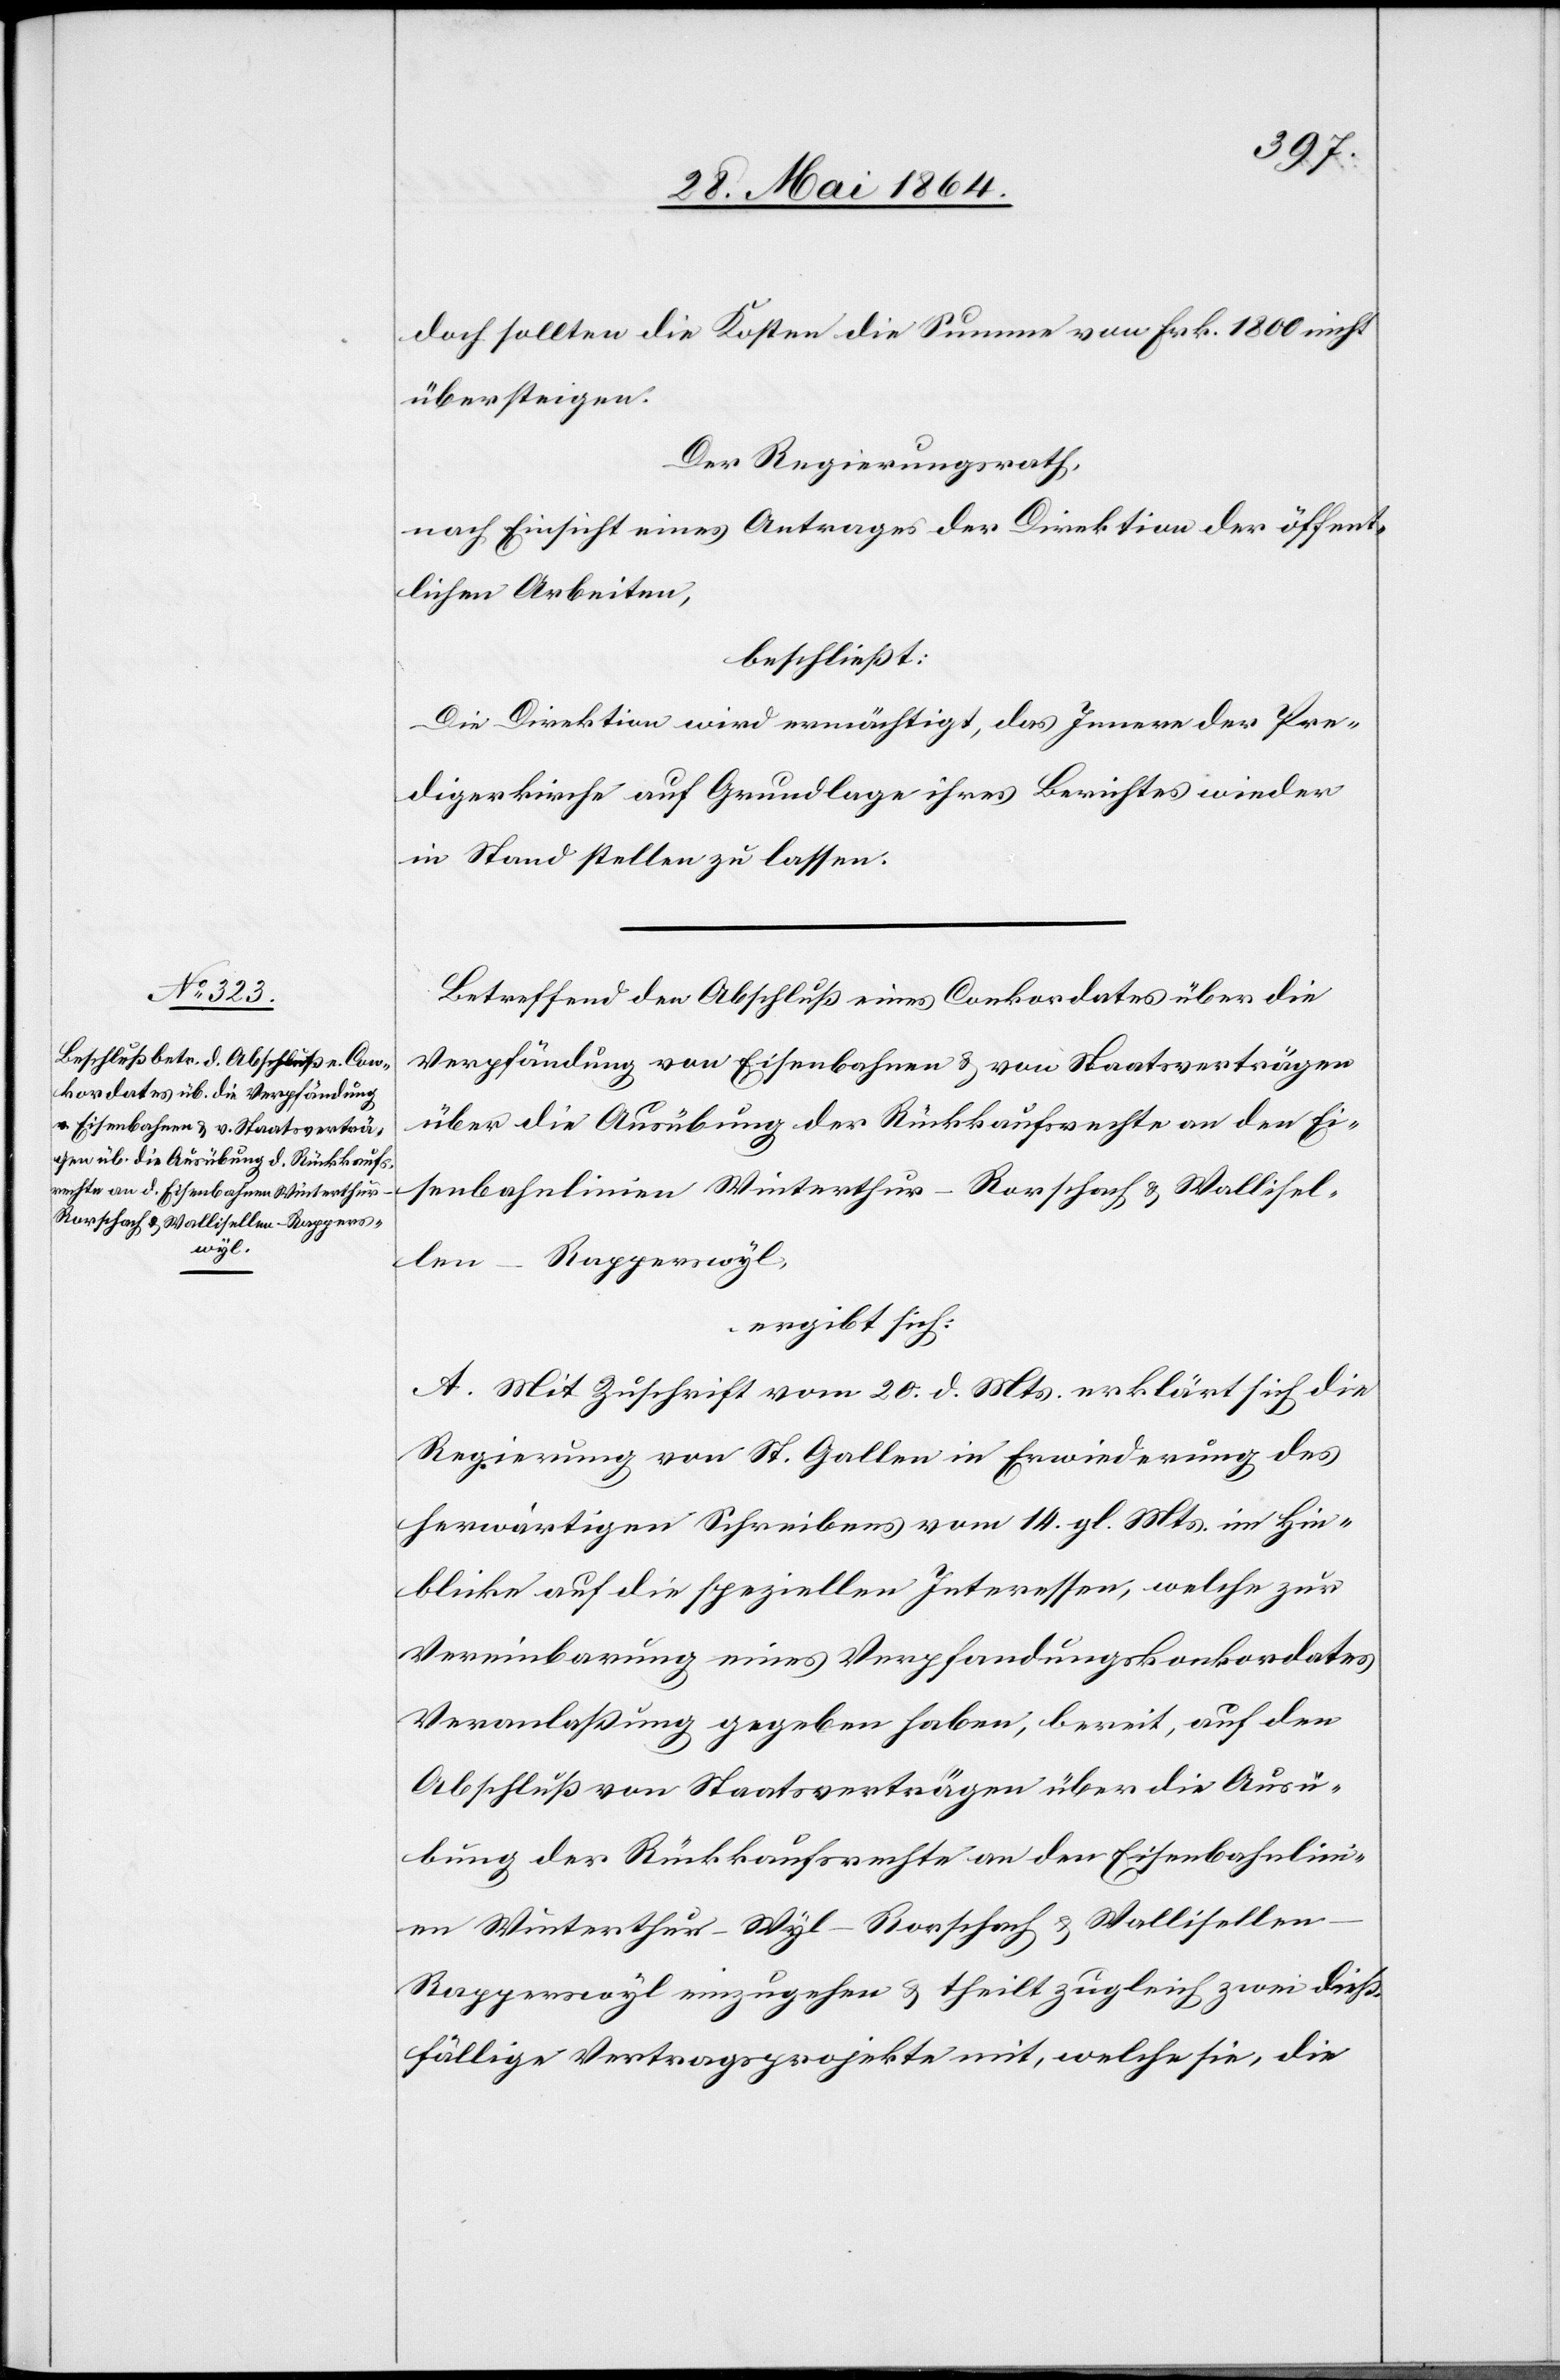
doch sollten die Kosten die Summe von Frk. 1800 nicht
übersteigen.
Der Regierungsrath,
nach Einsicht eines Antrages der Direktion der öffent¬
lichen Arbeiten,
beschließt:
Die Direktion wird ermächtigt, das Innere der Pre¬
digerkirche auf Grundlage ihres Berichtes wieder
in Stand stellen zu lassen.
Betreffend den Abschluß eines Conkordates über die
Verpfändung von Eisenbahnen u. von Staatsverträgen
über die Ausübung der Rückkaufsrechte an den Ei¬
senbahnlinien Winterthur–Rorschach u. Walliselle¬
n–Rapperswyl,
ergibt sich:
A. Mit Zuschrift vom 20. d. Mts. erklärt sich die
Regierung von St. Gallen in Erwiederung des
herwärtigen Schreibens vom 14. gl. Mts. im Hin¬
blicke auf die speziellen Interessen, welche zur
Vereinbarung eines Verpfandungskonkordates
Veranlassung gegeben haben, bereit, auf den
Abschluß von Staatsverträgen über die Ausü¬
bung der Rückkaufsrechte an der Eisenbahnlin¬
ie Winterthur–Wyl–Rorschach u. Walliselle¬
n–Rapperswyl einzugehen u. theilt zugleich zwei dieß¬
fällige Vertragsprojekte mit, welche sie, die